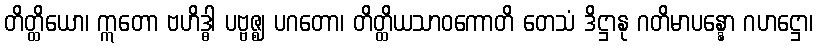
တိတ္ထိယော၊ ဣတော ဗဟိဒ္ဓါ ပဗ္ဗဇ္ဈ ပဂတော၊ တိတ္ထိယသာဝကောတိ တေသံ ဒိဋ္ဌာနု ဂတိမာပန္နော ဂဟဋ္ဌော၊